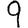
Digit: 9